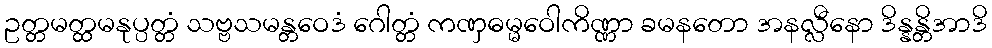
ဥတ္တမတ္ထမနုပ္ပတ္တံ သဗ္ဗသမန္တဝေဒံ ဂေါတ္တံ ကဏှဓမ္မဝေါကိဏ္ဏာ ခမနတော အနလ္လီနော ဒိန္နန္တိအာဒိ